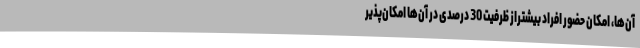
آن‌ها، امکان حضور افراد بیشتراز ظرفیت 30 درصدی در آن‌ها امکان‌پذیر